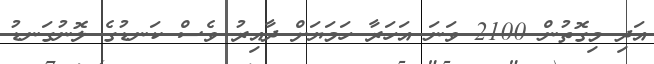
އަދި މިގޮތުން 2100 ވަނަ އަހަރާ ހަމަޔަށް ދާއިރު ވެސް ކަނޑުގެ ލޮނުގަނޑު